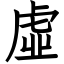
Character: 虛